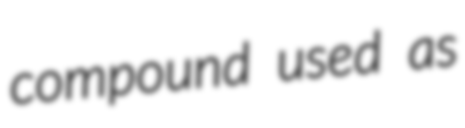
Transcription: compound used as